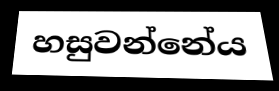
හසුවන්නේය